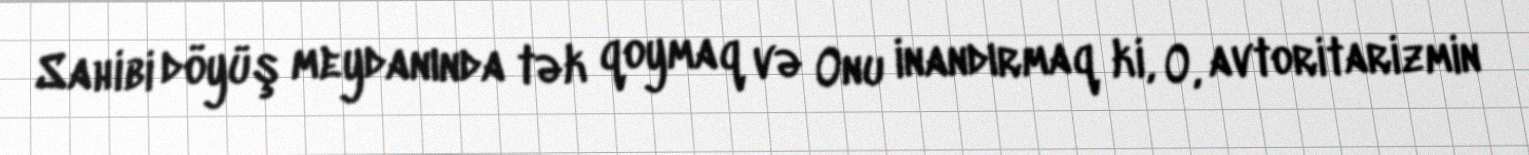
Sahibi döyüş meydanında tək qoymaq və Onu inandırmaq ki, O, avtoritarizmin